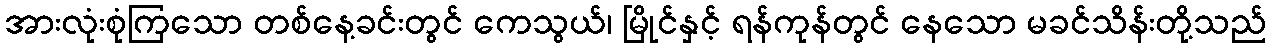
အားလုံးစုံကြသော တစ်နေ့ခင်းတွင် ကေသွယ်၊ မြိုင်နှင့် ရန်ကုန်တွင် နေသော မခင်သိန်းတို့သည်